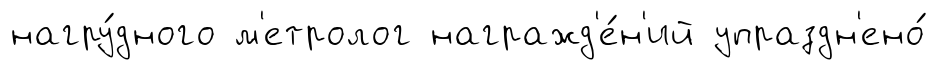
нагру́дного м'етролог награжд'е́н'ий упраздн'ено́